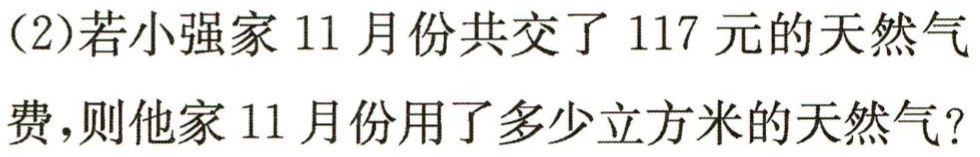
(2)若小强家11月份共交了117元的天然气

费,则他家11月份用了多少立方米的天然气?